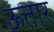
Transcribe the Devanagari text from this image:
ऊतार